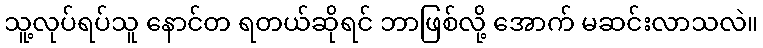
သူ့လုပ်ရပ်သူ နောင်တ ရတယ်ဆိုရင် ဘာဖြစ်လို့ အောက် မဆင်းလာသလဲ။